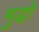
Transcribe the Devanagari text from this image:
मुद्धो